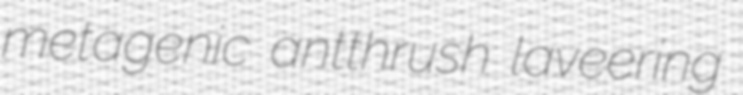
metagenic antthrush laveering